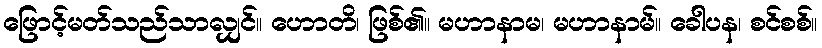
ဖြောင့်မတ်သည်သာလျှင်။ ဟောတိ၊ ဖြစ်၏။ မဟာနာမ၊ မဟာနာမ်။ ခေါပန၊ စင်စစ်။